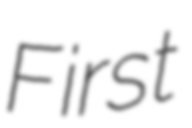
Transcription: First